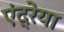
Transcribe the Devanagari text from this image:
एंद्रेया